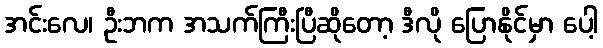
အင်းလေ၊ ဦးဘက အသက်ကြီးပြီဆိုတော့ ဒီလို ပြောနိုင်မှာ ပေါ့